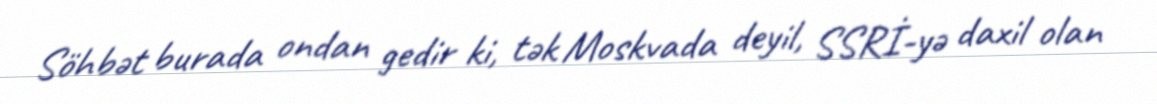
Söhbət burada ondan gedir ki, tək Moskvada deyil, SSRİ-yə daxil olan